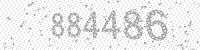
Solution: 884486